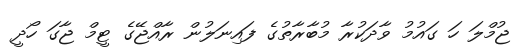
ޖުމްލަ ހަ ގައުމު ވާދަކުރާ މުބާރާތުގެ ފައިނަލުން ރާއްޖޭގެ ޓީމް ޖާގަ ހޯދީ